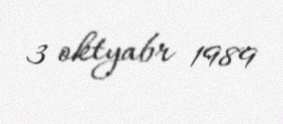
3 oktyabr 1989